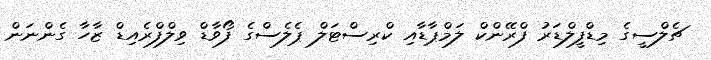
ޗެލްސީގެ މިޑްފީލްޑަރު ފްރޭންކް ލަމްޕާޑާއި ކްރިސްޓަލް ޕެލެސްގެ ފޯވާޑް ވިލްފްރެއިޑް ޒާހާ ގެންނަން